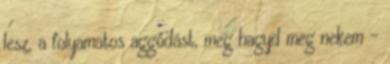
lesz, a folyamatos aggódást, meg hagyd meg nekem -